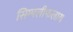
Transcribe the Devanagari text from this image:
सिम्पलीफलाय